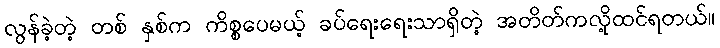
လွန်ခဲ့တဲ့ တစ် နှစ်က ကိစ္စပေမယ့် ခပ်ရေးရေးသာရှိတဲ့ အတိတ်ကလို့ထင်ရတယ်။